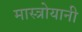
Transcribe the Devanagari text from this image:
मास्त्रोयानी